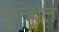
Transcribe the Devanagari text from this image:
गुन्थित